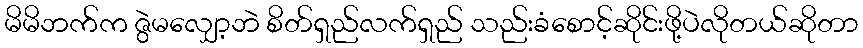
မိမိဘက်က ဇွဲမလျှော့ဘဲ စိတ်ရှည်လက်ရှည် သည်းခံစောင့်ဆိုင်းဖို့ပဲလိုတယ်ဆိုတာ